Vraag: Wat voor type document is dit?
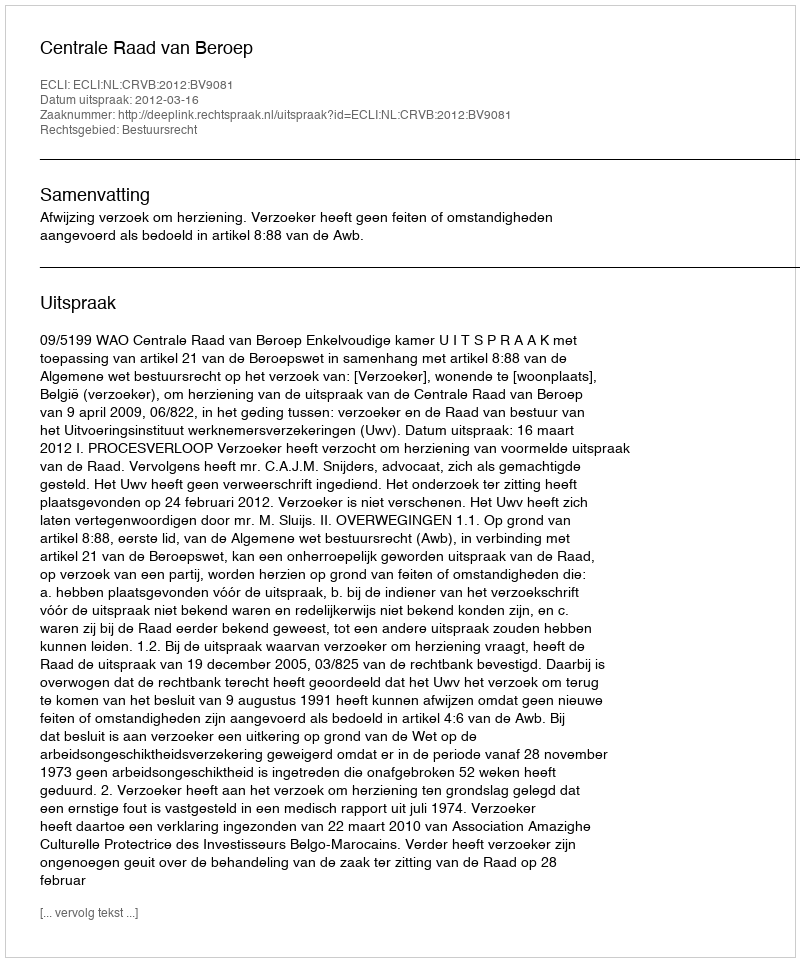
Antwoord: Uitspraak